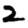
Digit: 2